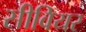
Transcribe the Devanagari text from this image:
सीवियर